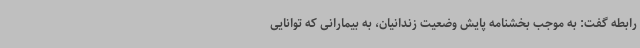
رابطه گفت: به موجب بخشنامه پایش وضعیت زندانیان، به بیمارانی که توانایی